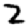
Digit: 2